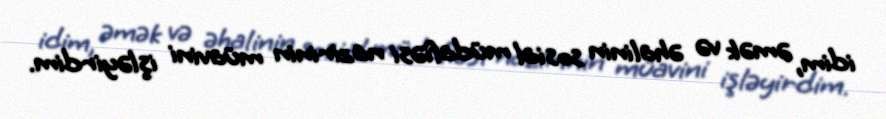
idim, əmək və əhalinin sosial müdafiəsi nazirinin müavini işləyirdim.